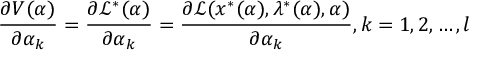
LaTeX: { \frac { \partial V ( \alpha ) } { \partial \alpha _ { k } } } = { \frac { \partial { \mathcal { L } } ^ { \ast } ( \alpha ) } { \partial \alpha _ { k } } } = { \frac { \partial { \mathcal { L } } ( x ^ { \ast } ( \alpha ) , \lambda ^ { \ast } ( \alpha ) , \alpha ) } { \partial \alpha _ { k } } } , k = 1 , 2 , \ldots , l